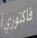
فاكتوري